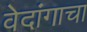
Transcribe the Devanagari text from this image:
वेदांगाचा